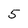
Character: 5